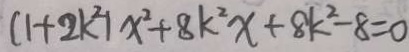
( 1 + 2 k ^ { 2 } ) x ^ { 2 } + 8 k ^ { 2 } x + 8 k ^ { 2 } - 8 = 0